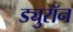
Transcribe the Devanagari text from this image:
ड्युरॉन